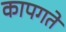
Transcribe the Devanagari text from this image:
कापगते